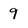
Character: g